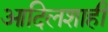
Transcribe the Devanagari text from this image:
आदिलशाही